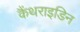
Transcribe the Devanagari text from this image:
कैंथराइडिन